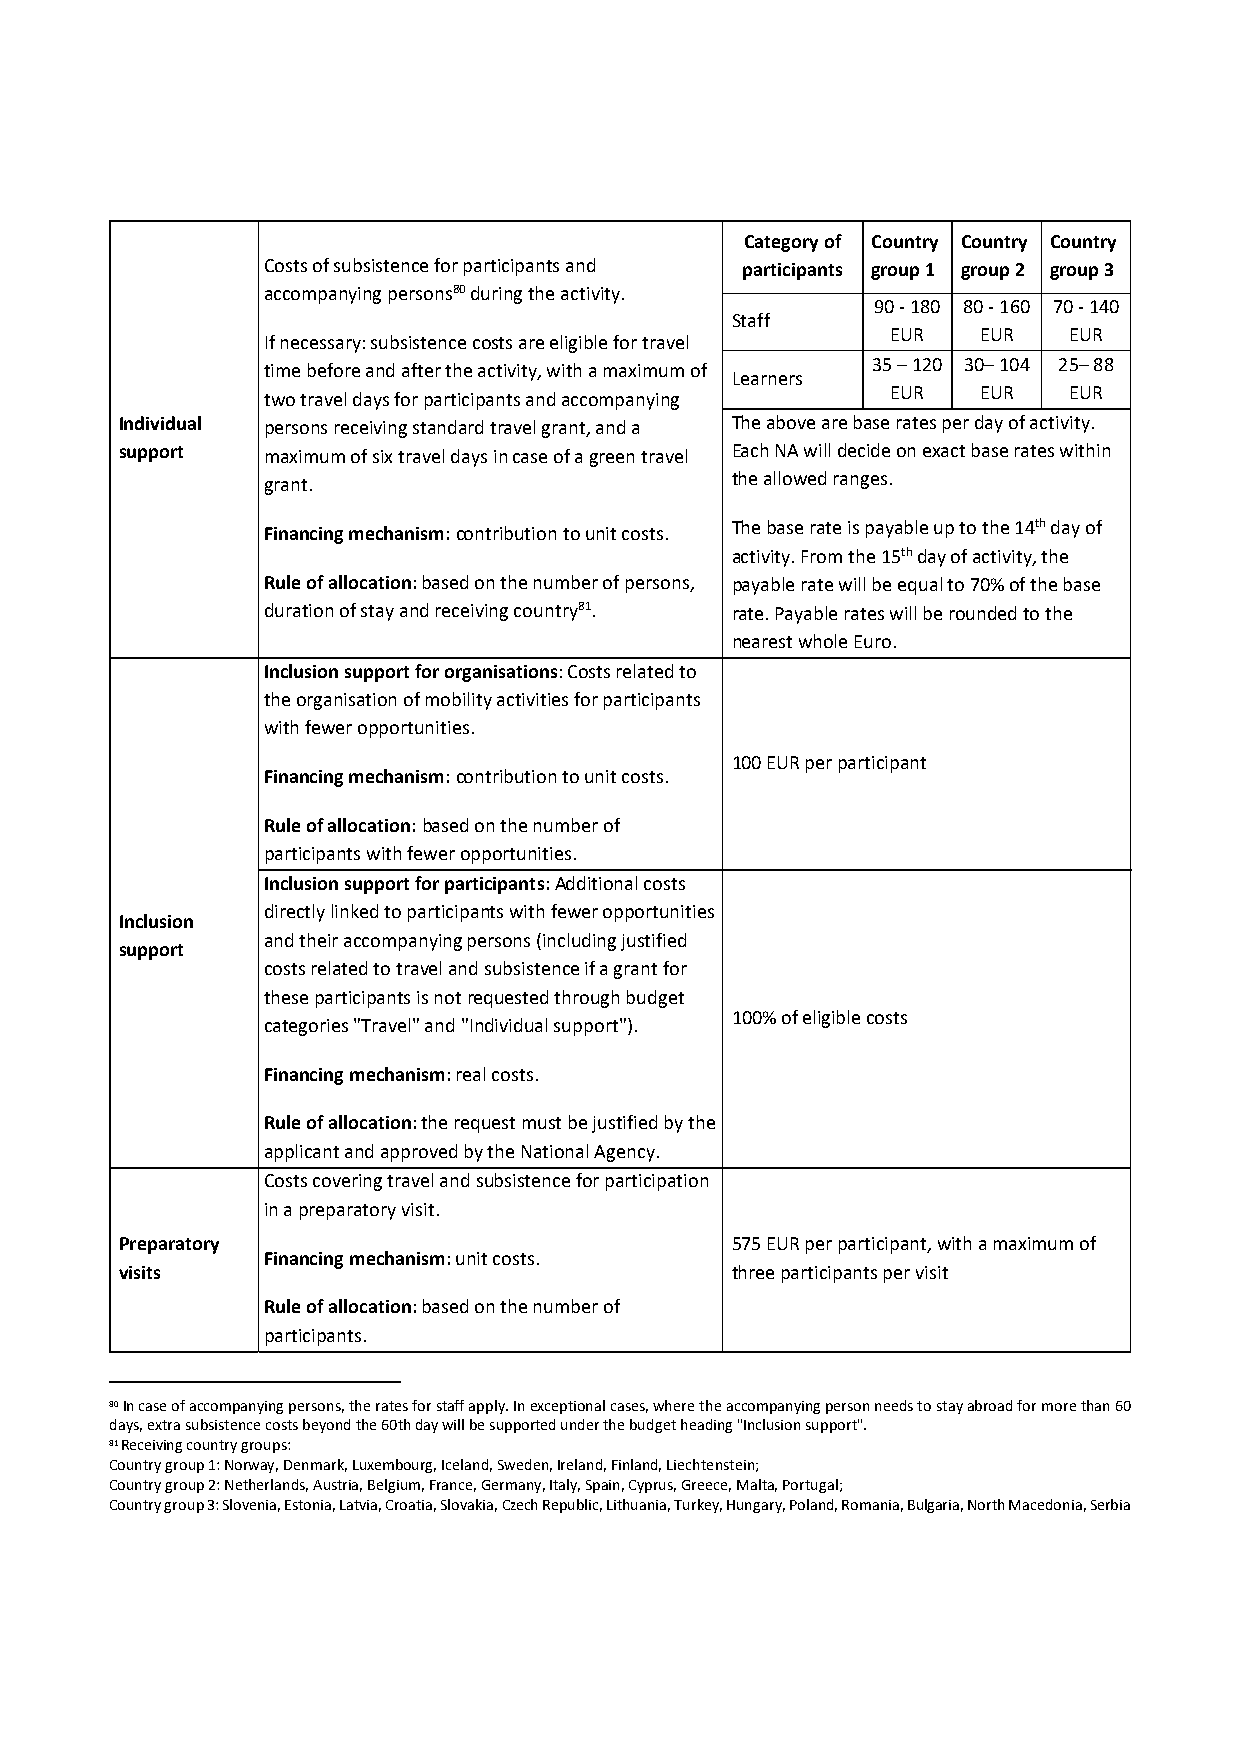
Category of Country Country Country
 Costs of subsistence for participants and participants group 1 group 2 group 3
 accompanying persons80 during the activity.
 90 ‐ 180 80 ‐ 160 70 ‐140
 Staff
 EUR   EUR   EUR
 If necessary: subsistence costs are eligible for travel
 35 – 120 30– 104 25–88
 time before and after the activity, with a maximum of
 Learners
 EUR   EUR   EUR
 two travel days for participants and accompanying
 Individual persons receiving standard travel grant, and a The above are base rates per day of activity.
 support  maximum of six travel days in case of a green travel Each NA will decide on exact base rates within
 grant.                         the allowed ranges.
 Financing mechanism: contribution to unit costs. The base rate is payable up to the 14th day of
 activity. From the 15th day of activity, the
 Rule of allocation: based on the number of persons, payable rate will be equal to 70% of the base
 duration of stay and receiving country81. rate. Payable rates will be rounded to the
 nearest whole Euro.
 Inclusion support for organisations: Costs related to
 the organisation of mobility activities for participants
 with fewer opportunities.
 100 EUR per participant
 Financing mechanism: contribution to unit costs.
 Rule of allocation: based on the number of
 participants with fewer opportunities.
 Inclusion support for participants:Additional costs
 directly linked to participants with fewer opportunities
 Inclusion
 and their accompanying persons (including justified
 support
 costs related to travel and subsistence if a grant for
 these participants is not requested through budget
 100% of eligible costs
 categories "Travel" and "Individual support").
 Financing mechanism: real costs.
 Rule of allocation: the request must be justified by the
 applicant and approved by the National Agency.
 Costs covering travel and subsistence for participation
 in a preparatory visit.
 Preparatory                             575 EUR per participant, with a maximum of
 Financing mechanism: unit costs.
 visits                                  three participants per visit
 Rule of allocation: based on the number of
 participants.
 80 In case of accompanying persons, the rates for staff apply. In exceptional cases, where the accompanying person needs to stay abroad for more than 60
 days, extra subsistence costs beyond the 60th day will be supported under the budget heading "Inclusion support".
 81 Receiving country groups:
 Country group 1: Norway, Denmark, Luxembourg, Iceland, Sweden, Ireland, Finland, Liechtenstein;
 Country group 2: Netherlands, Austria, Belgium, France, Germany, Italy, Spain, Cyprus, Greece, Malta, Portugal;
 Country group 3: Slovenia, Estonia, Latvia, Croatia, Slovakia, Czech Republic, Lithuania, Turkey, Hungary, Poland, Romania, Bulgaria, North Macedonia, Serbia